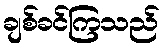
ချစ်ခင်ကြသည်